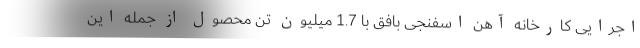
اجرایی کارخانه آهن اسفنجی بافق با 1.7 میلیون تن محصول از جمله این